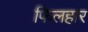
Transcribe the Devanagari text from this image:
फिलहार